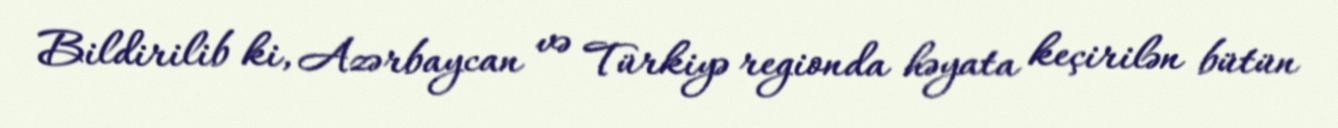
Bildirilib ki, Azərbaycan və Türkiyə regionda həyata keçirilən bütün